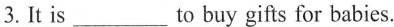
3.It is___to buy gifts for babies.